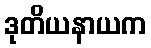
ဒုတိယနာယက